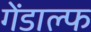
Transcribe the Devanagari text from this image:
गेंडाल्फ